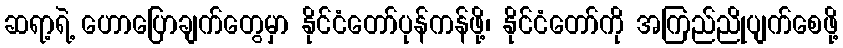
ဆရာ့ရဲ့ ဟောပြောချက်တွေမှာ နိုင်ငံတော်ပုန်ကန်ဖို့၊ နိုင်ငံတော်ကို အကြည်ညိုပျက်စေဖို့